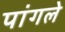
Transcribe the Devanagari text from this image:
पांगले